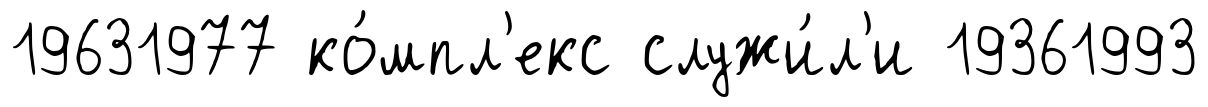
19631977 ко́мпл'екс служи́л'и 19361993